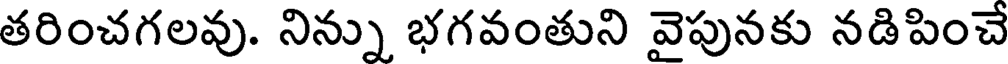
తరించగలవు. నిన్ను భగవంతుని వైపునకు నడిపించే